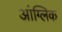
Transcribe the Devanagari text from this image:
आंग्लिक